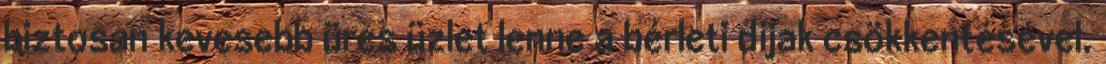
biztosan kevesebb üres üzlet lenne a bérleti díjak csökkentésével.